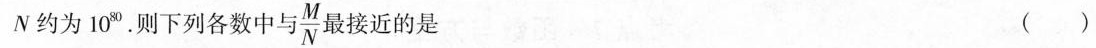
N约为10^{80}.则下列各数中与 \frac{M}{N} 最接近的是 ( )